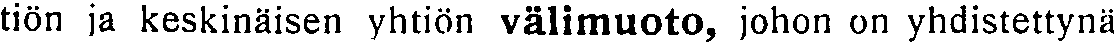
tiön ja keskinäisen yhtiön välimuoto, johon on yhdistettynä